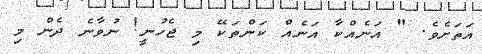
އަތަށެވެ. " އަނެއްކާ އަނެއް ކަންތަކޭ މި ޖެހުނީ! ނުވާނެ ދެން މި